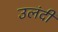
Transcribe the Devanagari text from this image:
उलंदी